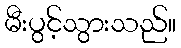
မီးပွင့်သွားသည်။